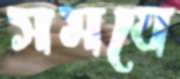
সমযে